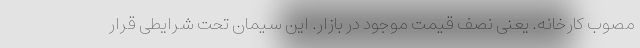
مصوب کارخانه. یعنی نصف قیمت موجود در بازار. این سیمان تحت شرایطی قرار